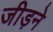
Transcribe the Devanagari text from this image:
जीड़ने